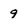
Character: 9